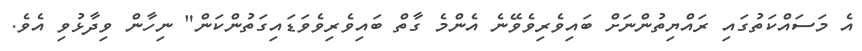
އެ މަސައްކަތުގައި ރައްޔިތުންނަށް ބައިވެރިވެވޭނެ އެންމެ ގާތް ބައިވެރިވެވަޑައިގަތުންކަން" ނިހާން ވިދާޅުވި އެވެ.